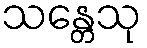
သန္တေသု